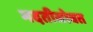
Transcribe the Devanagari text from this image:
मदतीसोबत